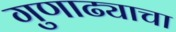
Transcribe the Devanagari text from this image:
गुणाढ्याचा